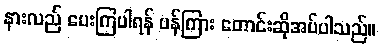
နားလည် ပေးကြပါရန် ပန်ကြား တောင်းဆိုအပ်ပါသည်။